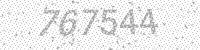
Solution: 767544